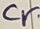
Text: Cr